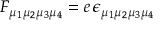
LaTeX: F _ { \mu _ { 1 } \mu _ { 2 } \mu _ { 3 } \mu _ { 4 } } = e \, \epsilon _ { \mu _ { 1 } \mu _ { 2 } \mu _ { 3 } \mu _ { 4 } }